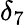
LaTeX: \delta_{7}